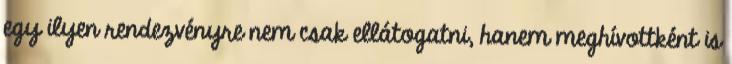
egy ilyen rendezvényre nem csak ellátogatni, hanem meghívottként is